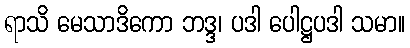
ရာသိ မေသာဒိကော ဘဒ္ဒ၊ ပဒါ ပေါဋ္ဌပဒါ သမာ။